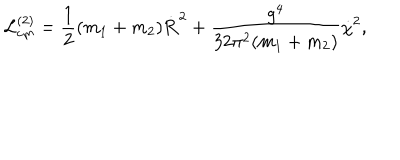
LaTeX: { \cal L } _ { \mathrm { c m } } ^ { ( 2 ) } = \frac { 1 } { 2 } ( m _ { 1 } + m _ { 2 } ) \dot { { \bf R } } ^ { 2 } + \frac { g ^ { 4 } } { 3 2 \pi ^ { 2 } ( m _ { 1 } + m _ { 2 } ) } \dot { \chi } ^ { 2 } ,